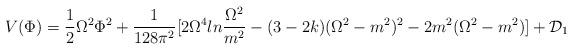
LaTeX: \begin{align*}V(\Phi)={\frac {1}{2}}\Omega^2\Phi^2+{\frac {1}{128\pi^2}} [2\Omega^4ln{\frac {\Omega^2}{m^2}}-(3-2k)(\Omega^2-m^2)^2-2m^2(\Omega^2-m^2)] +{\cal D}_1\end{align*}